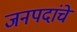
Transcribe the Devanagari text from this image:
जनपदांचे